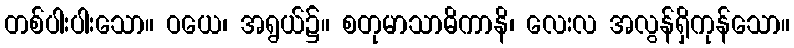
တစ်ပါးပါးသော။ ဝယေ၊ အရွယ်၌။ စတုမာသာဓိကာနိ၊ လေးလ အလွန်ရှိကုန်သော။